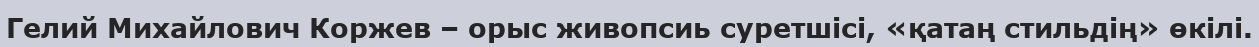
Гелий Михайлович Коржев – орыс живопсиь суретшісі, «қатаң стильдің» өкілі.